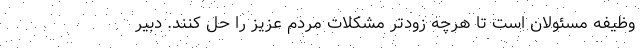
وظیفه مسئولان است تا هرچه زودتر مشکلات مردم عزیز را حل کنند. دبیر